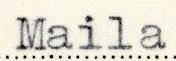
Maila